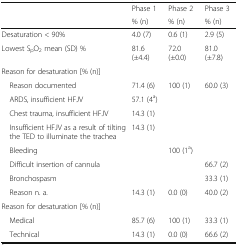
<table><thead><tr><td rowspan="2"></td><td><b>Phase 1</b></td><td><b>Phase 2</b></td><td><b>Phase 3</b></td></tr><tr><td><b>% (n)</b></td><td><b>% (n)</b></td><td><b>% (n)</b></td></tr></thead><tbody><tr><td>Desaturation &lt; 90%</td><td>4.0 (7)</td><td>0.6 (1)</td><td>2.9 (5)</td></tr><tr><td>Lowest S<sub>p</sub>O<sub>2</sub> mean (SD) %</td><td>81.6 (±4.4)</td><td>72.0 (±0.0)</td><td>81.0 (±7.8)</td></tr><tr><td colspan="4">Reason for desaturation [% (n)]</td></tr><tr><td> Reason documented</td><td>71.4 (6)</td><td>100 (1)</td><td>60.0 (3)</td></tr><tr><td> ARDS, insufficient HFJV</td><td>57.1 (4<sup>a</sup>)</td><td></td><td></td></tr><tr><td> Chest trauma, insufficient HFJV</td><td>14.3 (1)</td><td></td><td></td></tr><tr><td> Insufficient HFJV as a result of tilting the TED to illuminate the trachea</td><td>14.3 (1)</td><td></td><td></td></tr><tr><td> Bleeding</td><td></td><td>100 (1<sup>a</sup>)</td><td></td></tr><tr><td> Difficult insertion of cannula</td><td></td><td></td><td>66.7 (2)</td></tr><tr><td> Bronchospasm</td><td></td><td></td><td>33.3 (1)</td></tr><tr><td> Reason n. a.</td><td>14.3 (1)</td><td>0.0 (0)</td><td>40.0 (2)</td></tr><tr><td colspan="4">Reason for desaturation [% (n)]</td></tr><tr><td> Medical</td><td>85.7 (6)</td><td>100 (1)</td><td>33.3 (1)</td></tr><tr><td> Technical</td><td>14.3 (1)</td><td>0.0 (0)</td><td>66.6 (2)</td></tr></tbody></table>